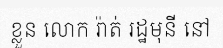
ខ្លួន លោក រ៉ាត់ រដ្ឋមុនី នៅ